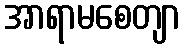
အာရာမစေတျာ